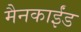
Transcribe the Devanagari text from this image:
मैनकाईंड